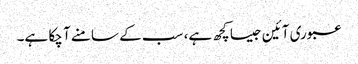
عبوری آئین جیسا کچھ ہے، سب کے سامنے آ چکا ہے۔